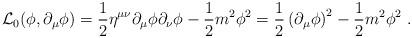
LaTeX: \begin{align*}{\cal L}_0(\phi,\partial_\mu\phi)=\frac{1}{2}\eta^{\mu\nu}\partial_\mu\phi\partial_\nu\phi-\frac{1}{2}m^2\phi^2=\frac{1}{2}\left(\partial_\mu\phi\right)^2- \frac{1}{2}m^2\phi^2\ .\end{align*}